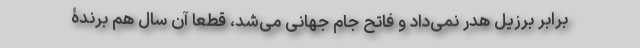
برابر برزیل هدر نمی‌داد و فاتح جام جهانی می‌شد، قطعا آن سال هم برندۀ